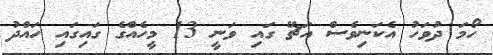
ހޯމަ ދުވަހު އެކަނިވެސް އަޗޭ ގައި ވަނީ 13 މީހެއްގެ ގައިގައި ހައްދު